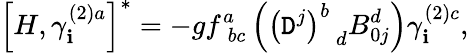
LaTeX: \left[H,\gamma_{\mathbf{i}}^{\left(2\right)a}\right]^{*}=-gf_{\; bc}^{a}\left(\left(\mathtt{D}^{j}\right)_{\; \; d}^{b}B_{0j}^{d}\right)\gamma_{\mathbf{i}}^{\left(2\right)c},